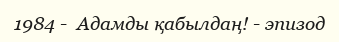
1984 -  Адамды қабылдаң! - эпизод